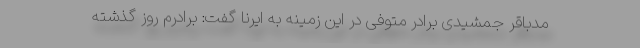
مدباقر جمشیدی برادر متوفی در این زمینه به ایرنا گفت: برادرم روز گذشته